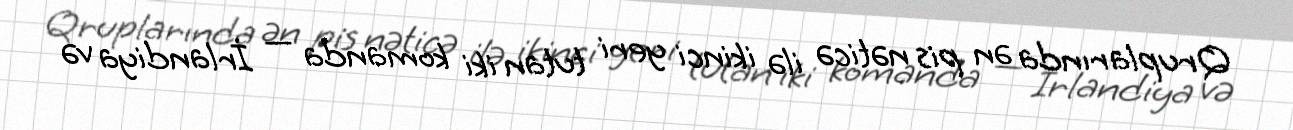
Qruplarında ən pis nəticə ilə ikinci yeri tutan iki komanda — İrlandiya və